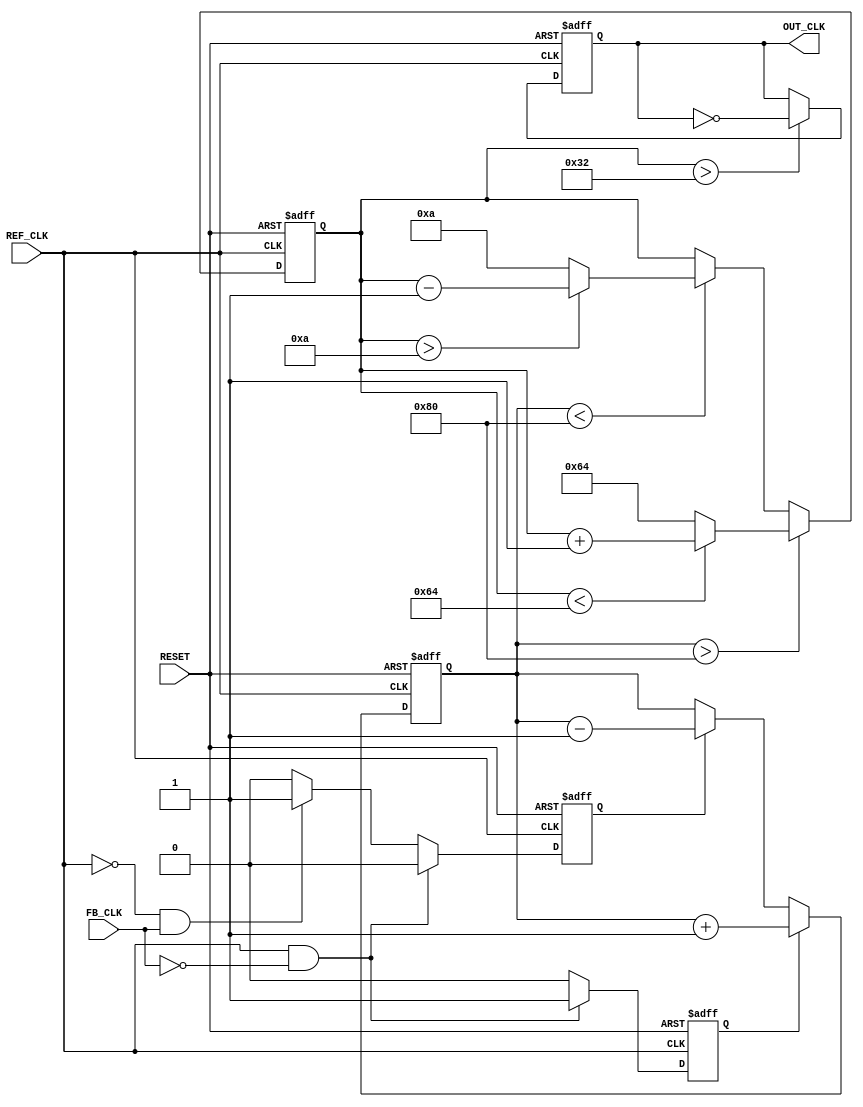
module dual_loop_pll (
    input wire REF_CLK,        // Reference clock input
    input wire FB_CLK,         // Feedback clock input
    input wire RESET,          // Asynchronous reset
    output reg OUT_CLK         // Output clock
);

// Parameters
parameter VCO_MAX_FREQ = 100; // Maximum VCO frequency
parameter VCO_MIN_FREQ = 10;   // Minimum VCO frequency
parameter VCO_STEP = 1;        // VCO frequency step

// Internal signals
reg [7:0] control_voltage;      // Control voltage for VCO
reg UP, DOWN;                   // Control signals from PFD
reg [7:0] vco_freq;             // Current frequency of VCO
reg [7:0] fast_loop_filter;     // Fast loop filter output
reg [7:0] slow_loop_filter;     // Slow loop filter output

// Phase-Frequency Detector (PFD)
always @(posedge REF_CLK or posedge RESET) begin
    if (RESET) begin
        UP <= 0;
        DOWN <= 0;
    end else begin
        // Simple PFD logic
        if (REF_CLK && !FB_CLK) begin
            UP <= 1;
            DOWN <= 0;
        end else if (!REF_CLK && FB_CLK) begin
            UP <= 0;
            DOWN <= 1;
        end else begin
            UP <= 0;
            DOWN <= 0;
        end
    end
end

// Charge Pump (CP)
always @(posedge REF_CLK or posedge RESET) begin
    if (RESET) begin
        control_voltage <= 0;
    end else begin
        if (UP) begin
            control_voltage <= control_voltage + VCO_STEP;
        end else if (DOWN) begin
            control_voltage <= control_voltage - VCO_STEP;
        end
    end
end

// Loop Filters
always @(posedge REF_CLK or posedge RESET) begin
    if (RESET) begin
        fast_loop_filter <= 0;
        slow_loop_filter <= 0;
    end else begin
        // Fast loop filter (simple averaging)
        fast_loop_filter <= (fast_loop_filter + control_voltage) >> 1;

        // Slow loop filter (simple averaging)
        slow_loop_filter <= (slow_loop_filter + control_voltage) >> 2;
    end
end

// Voltage-Controlled Oscillator (VCO)
always @(posedge REF_CLK or posedge RESET) begin
    if (RESET) begin
        vco_freq <= VCO_MIN_FREQ;
    end else begin
        // Adjust VCO frequency based on control voltage
        if (control_voltage > 128) begin
            vco_freq <= (vco_freq < VCO_MAX_FREQ) ? vco_freq + VCO_STEP : VCO_MAX_FREQ;
        end else if (control_voltage < 128) begin
            vco_freq <= (vco_freq > VCO_MIN_FREQ) ? vco_freq - VCO_STEP : VCO_MIN_FREQ;
        end
    end
end

// Output Clock Generation
always @(posedge REF_CLK or posedge RESET) begin
    if (RESET) begin
        OUT_CLK <= 0;
    end else begin
        // Generate output clock based on VCO frequency
        OUT_CLK <= (vco_freq > 50) ? ~OUT_CLK : OUT_CLK; // Simple toggle for demonstration
    end
end

endmodule